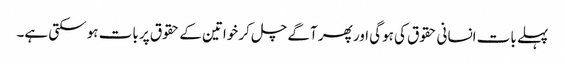
پہلے بات انسانی حقوق کی ہوگی اور پھر آگے چل کر خواتین کے حقوق پر بات ہو سکتی ہے۔